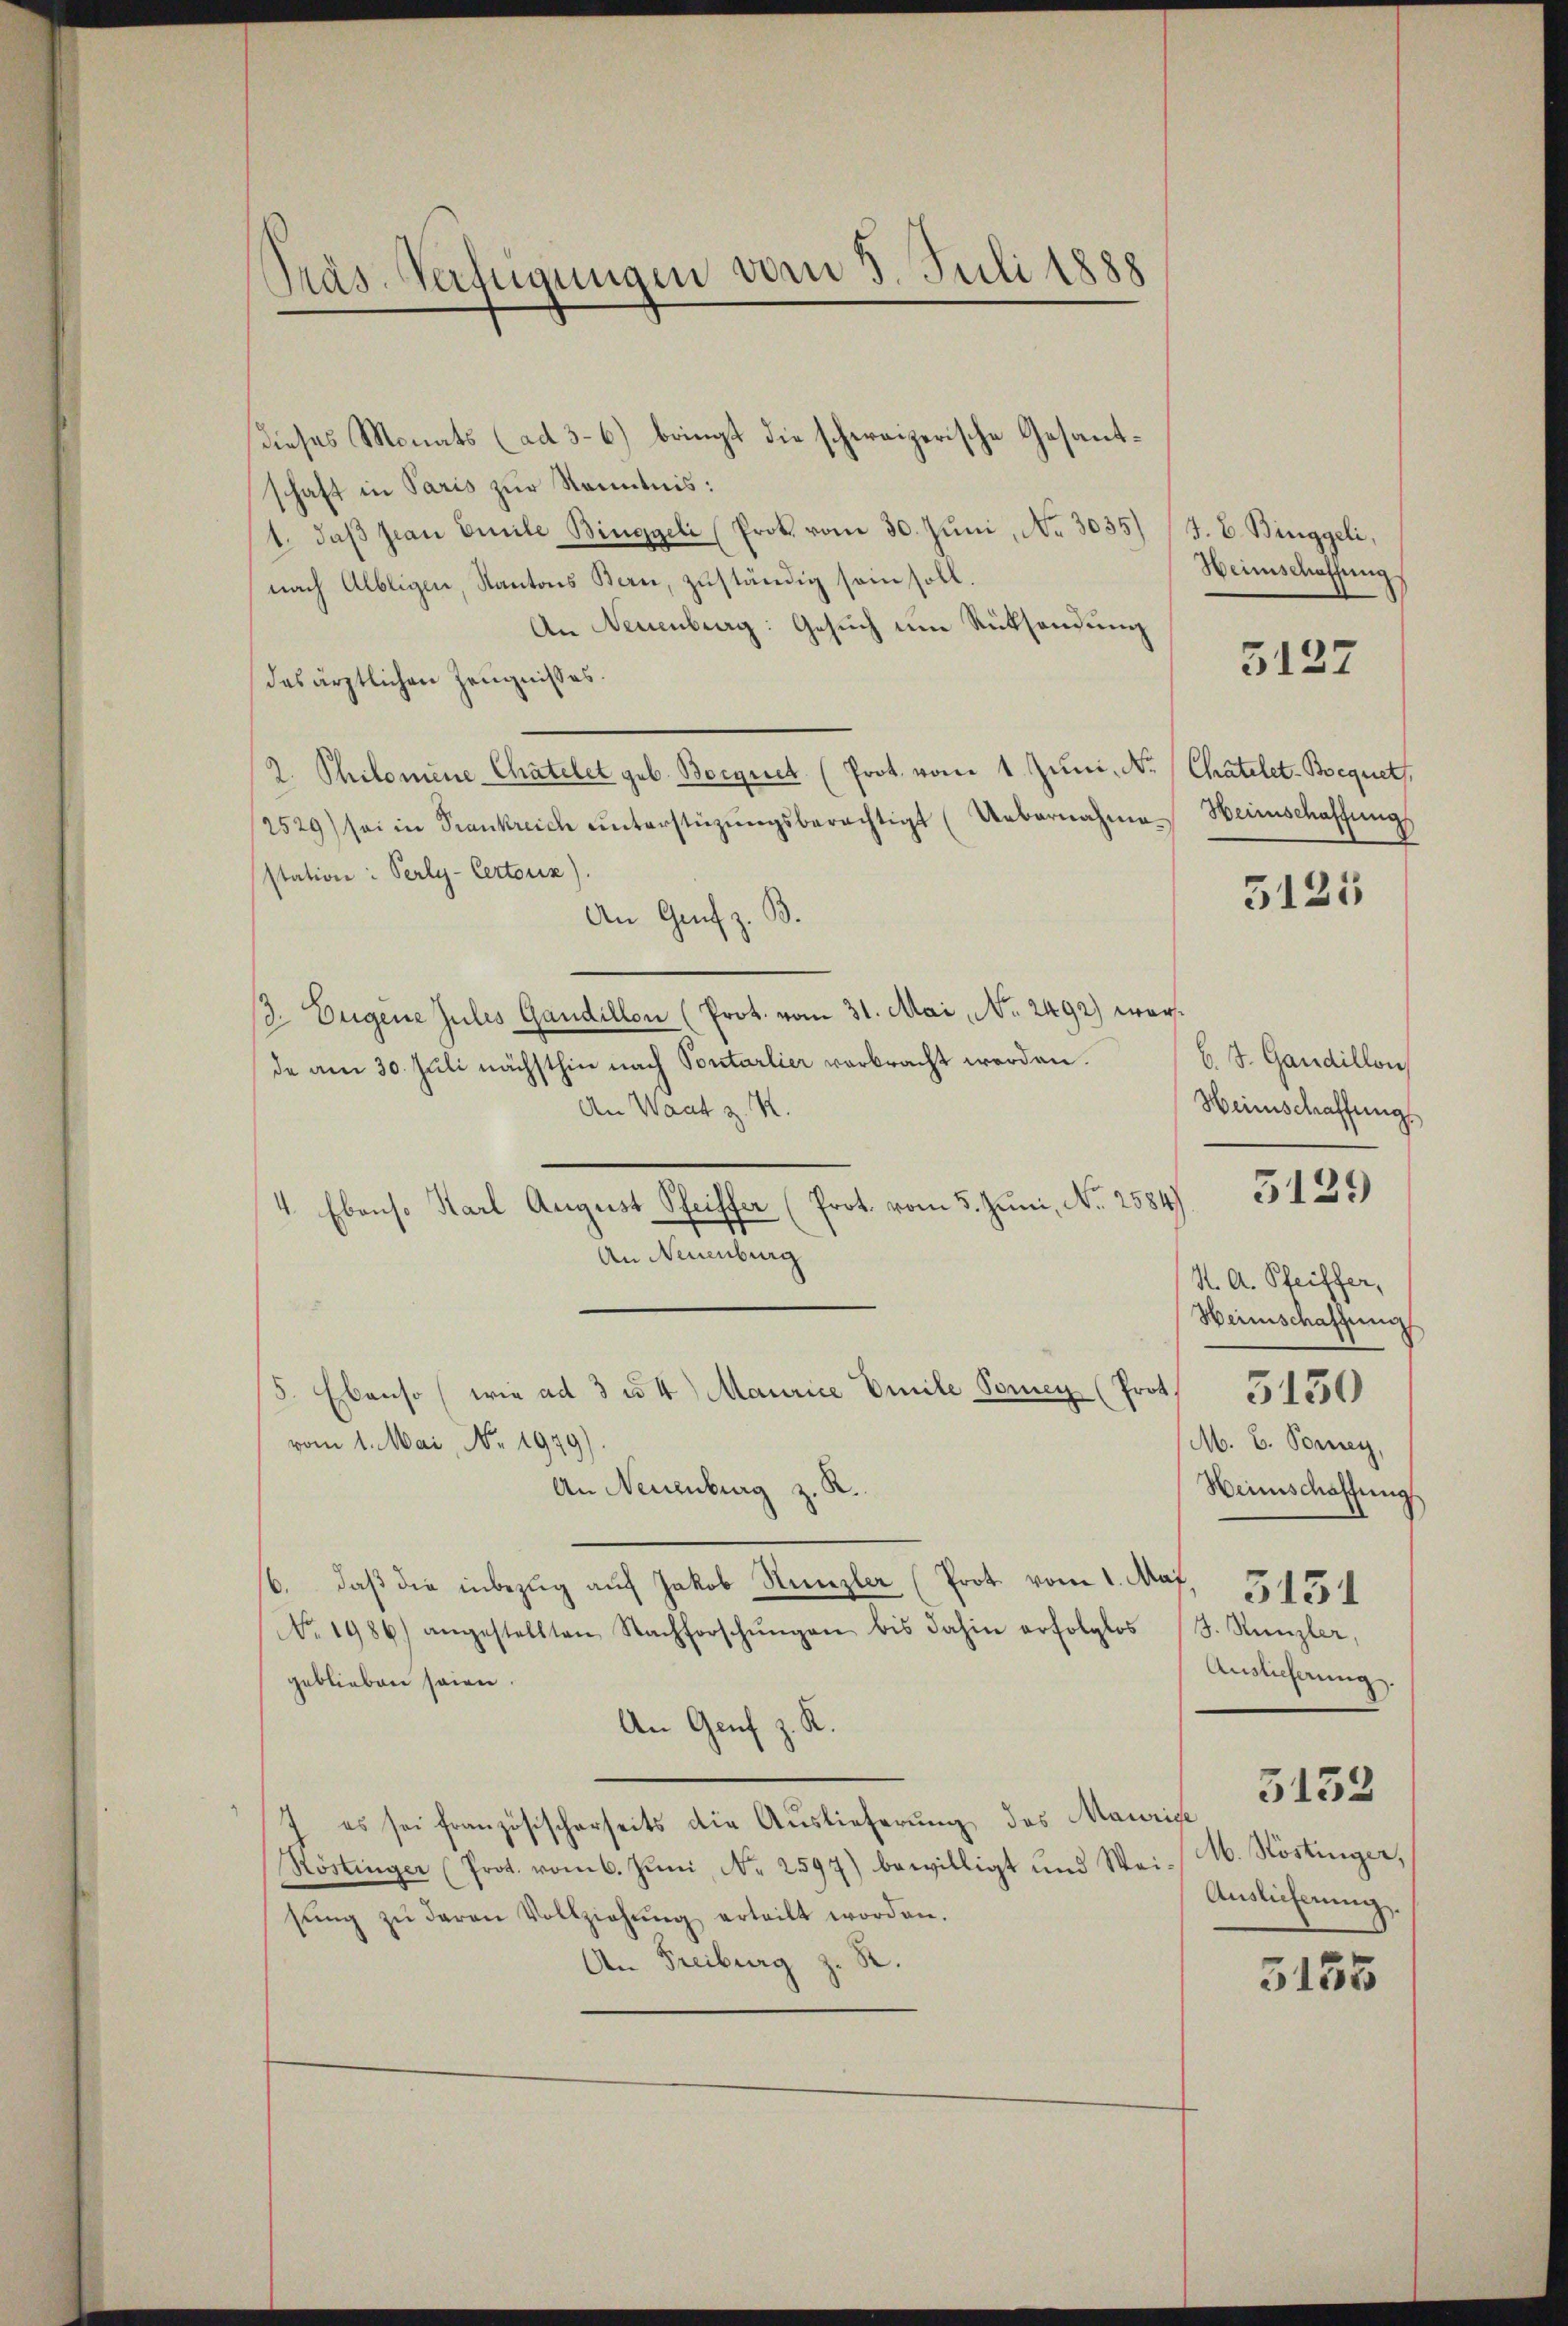
Pras-Verfügungen vom 3. Juli 1888

Dieses Monats (ad 3-6) bringt die schweizerische Gesantschaft in Paris zur Kenntnis:
1. daβ sian Emile Binggeli (Prok. vom 30. Juni, No. 3035) (J. E. Binggeli,
nach Albligen, Kantons Bern, zuständig sein soll.
An Neuenburg: Gesuch um Rücksendung
des ärztlichen Zeugnisses.
2. Philomene Chatelet geb. Boignet (Prot. vom 1. Juni, No.
2529) sei in Frankreich ŭnterstüzŭngsberechtigt (Uebernahme.
station: Perly-Certoriz).
An Genf z. B.
3. Eugene Julis Gandillon (Prot. vom 31. Mai, No. 2492) worde am 30. Juli nächsthin nach Pontarlier verbracht werden.
An Waat z. R.
An Neuenburg
/5. Ebenso (wie ad 3 u. 4 Maurice Emile Soney (Prot
vom 1. Mai, No. 1949).
An Neuenburg z. R.
6. daβ die inbezŭg aŭf Jakob Kanzler (Prot vom 1. Maj. 3154
No. 1986) angestellten Nachforschŭngen bis dahin erfolglos (J. Kanzler,
geblieben seien.
An Genf z. R.
7 es sei französischerseits die Auslieferung des Maurige
Röstinger (Prot. vom 6. Juni, N. 2597) bewilligt und Wei-
sŭng zŭ davon Vollziehŭng erteilt worden.
An Freiburg z.

4. Ebenso Karl August Seiffer (Prot. vom 5. Juni, No. 2584)

Weinschaffung

5127

Chatelet-Bequett
Heimschaffung

5125

b. S. Gandillon
Weinschaffung

3129

K. A. Pfeiffer,
Weinschaffung
M. E. Soney,
Weinschaffung
Auslicherung.

3150

M. Köstinger,
Auslicherung.

3133

5155